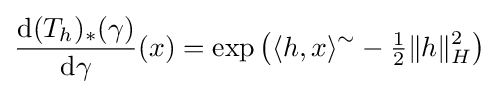
{\frac {\mathrm {d} (T_{h})_{*}(\gamma )}{\mathrm {d} \gamma }}(x)=\exp \left(\langle h,x\rangle ^{\sim }-{\tfrac {1}{2}}\|h\|_{H}^{2}\right)